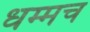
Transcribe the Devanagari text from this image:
धम्मच